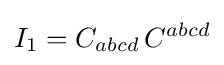
I_{1}=C_{abcd}\,C^{abcd}